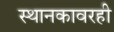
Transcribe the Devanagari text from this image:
स्थानकावरही